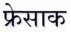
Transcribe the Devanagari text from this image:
फ्रेसाक